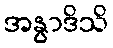
အနွာဒိသိ